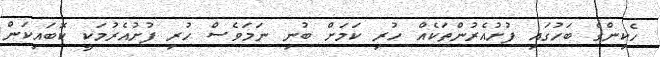
ހެކިންގެ ބަހުގައި ފުށުއެރުންތަކެއް ހުރި ކަމަށް ބުނި ނަމަވެސް ހުރި ފުށުއެރުމަކީ ކޮބައިކަން